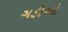
ગડીઓ